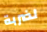
لضربة